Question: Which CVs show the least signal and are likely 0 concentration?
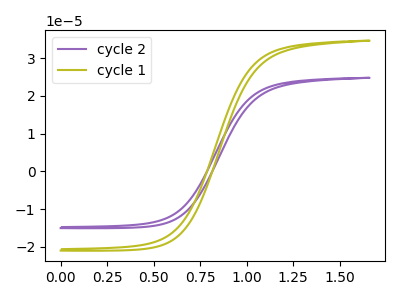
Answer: <think>The purple curve "cycle 2" has no peaks. The olive curve "cycle 1" has no peaks.</think>
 <answer>"cycle 2" and "cycle 1" are likely to be blanks.</answer>
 <eval>"cycle 2", "cycle 1"</eval>